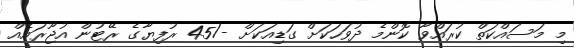
މި މަސައްކަތް ކުރައްވާ ކޮންމެ ދުވަހަކަށް ގަޑިއަކަށް -/45 ރުފިޔާގެ ރޭޓުން އުޖޫރައެއް